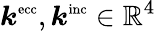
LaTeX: \boldsymbol{k}^{\textnormal{\scriptsize ecc}},\boldsymbol{k}^{\textnormal{\scriptsize inc}}\in\mathbb{R}^{4}